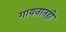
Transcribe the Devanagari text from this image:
गायनातही